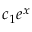
c _ { 1 } e ^ { x }